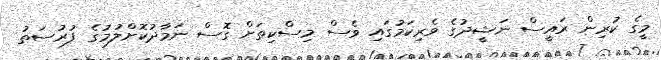
މީގެ ކުރިން ރައީސް ނަޝީދުގެ ވެރިކަމުގައި ވެސް މިސްކިތަށް ގޮސް ނަމާދުކޮށްލުމުގެ ފުރުސަތު